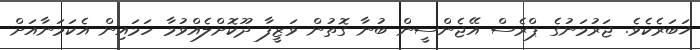
ޚަބަރެކެވެ. ޖަރުމަނުގެ ޕްރެސް އޭޖެންސީން ބުނާ ގޮތުން ވަޒީފާ ދޫކޮށްލެއްވުމާ ހަމައިން އެކަމަނާއަށް